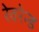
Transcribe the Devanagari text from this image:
रेवरेन्ड